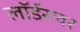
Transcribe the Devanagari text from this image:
लॉर्डसवर